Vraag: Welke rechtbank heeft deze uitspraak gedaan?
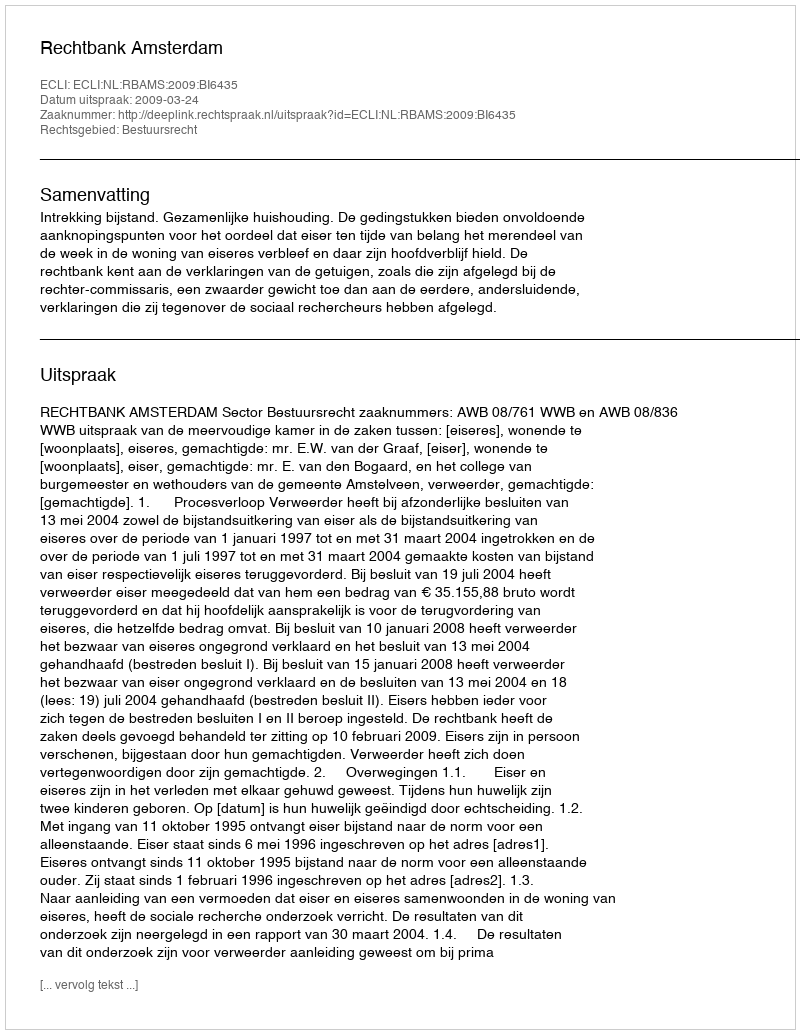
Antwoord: Rechtbank Amsterdam